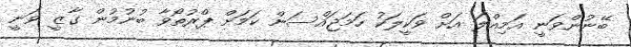
ބޭނުންވަނީ އަމިއްލަ އަށް ވަކީލަކު ހަމަޖައްސަން ކަމަށް ޕްރުތޯވާ ބުނުމުން ގާޒީ ވަނީ